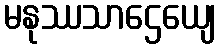
မနုဿသာဌေယျေ